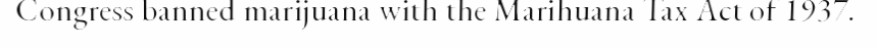
Congress banned marijuana with the Marihuana Tax Act of 1937.